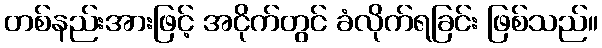
တစ်နည်းအားဖြင့် အငိုက်တွင် ခံလိုက်ရခြင်း ဖြစ်သည်။